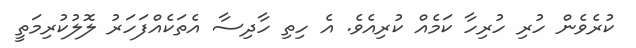
ކުރެވެން ހުރި ހުރިހާ ކަމެއް ކުރިއެވެ. އެ ހިތި ހާދިސާ އެތަކެއްފަހަރު ލޮލުކުރިމަތީ